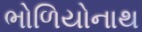
ભોળિયોનાથ